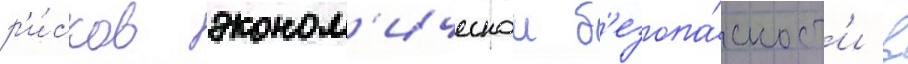
р'и́сков эконом'ическои б'езопа́сност'и в